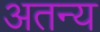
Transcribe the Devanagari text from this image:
अतन्य